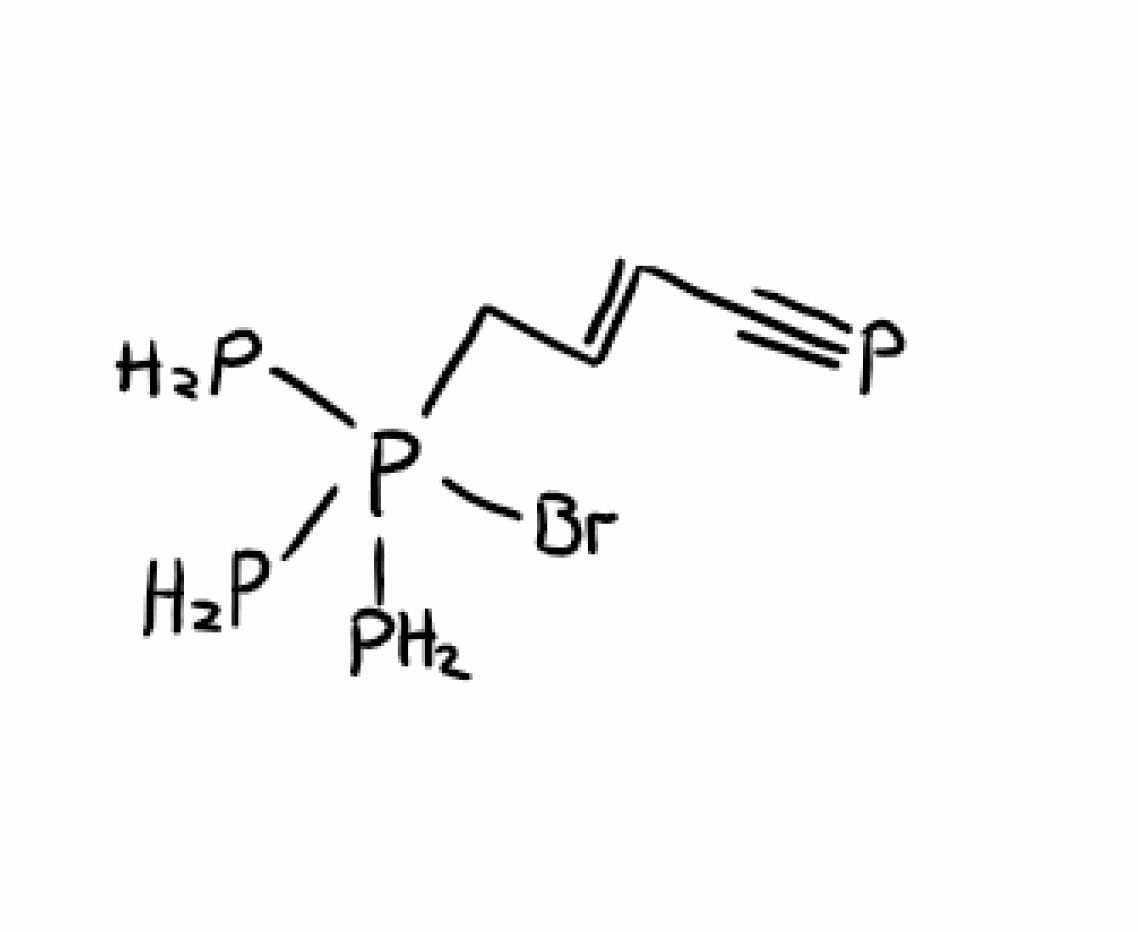
Simplified molecular-input line-entry system (SMILES) notation of the given molecule:
C(/C=C/C#P)P(P)(P)(P)Br